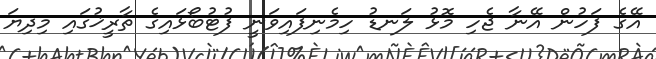
އޭގެ ފަހުން އޭނާ ޖެހި މޮޅު ލަނޑު ހިމެނިފައިވަނީ ފުޓުބޯޅައިގެ ތާރީޚުގައި މިދިޔަ